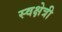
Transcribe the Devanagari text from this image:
स्वक्षेत्री